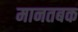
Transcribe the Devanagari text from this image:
मानतबक